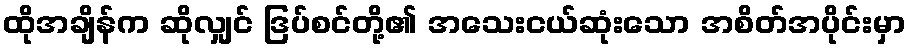
ထိုအချိန်က ဆိုလျှင် ဒြပ်စင်တို့၏ အသေးငယ်ဆုံးသော အစိတ်အပိုင်းမှာ